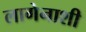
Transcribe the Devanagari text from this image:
लागेनाशी